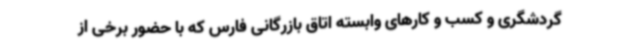
گردشگری و کسب و کارهای وابسته اتاق بازرگانی فارس که با حضور برخی از